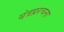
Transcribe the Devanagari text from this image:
यंत्रप्ररचना